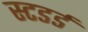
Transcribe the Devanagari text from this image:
स्टडर्ड